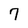
Character: 7